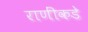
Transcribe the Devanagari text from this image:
राणींकडे